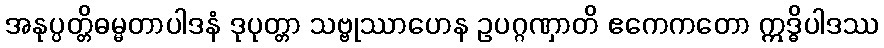
အနုပ္ပတ္တိဓမ္မတာပါဒနံ ဒုပုတ္တာ သဗ္ဗုဿာဟေန ဥပဂ္ဂဏှာတိ ဧကေကတော ဣဒ္ဓိပါဒဿ